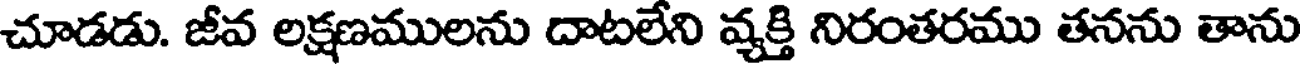
చూడడు. జీవ లక్షణములను దాటలేని వ్యక్తి నిరంతరము తనను తాను